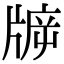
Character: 𤗙